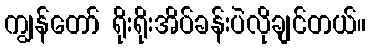
ကျွန်တော် ရိုးရိုးအိပ်ခန်းပဲလိုချင်တယ်။